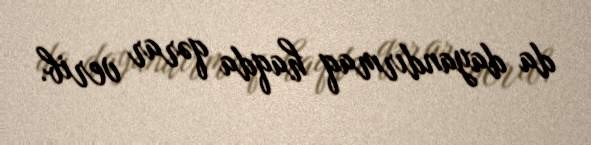
da dayandırmaq haqda qərar verib.